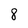
Character: 8